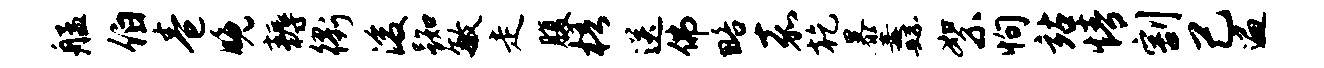
艋伯卷晚耨衢浚踟敏走腹梧送佛略嘉乾暴纛絮恂站情割己遍